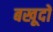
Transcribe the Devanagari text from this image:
बखूदों